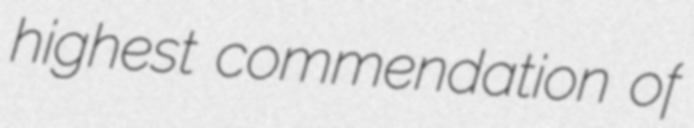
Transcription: highest commendation of